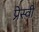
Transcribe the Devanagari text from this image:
प्रेस्वी